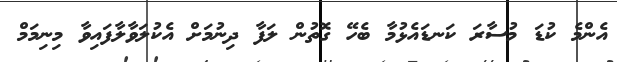
އެންމެ ކުޑަ މުސާރަ ކަނޑައެޅުމާ ބެހޭ ގޮތުން ލަފާ ދިނުމަށް އެކުލަވާލާފައިވާ މިނިމަމް